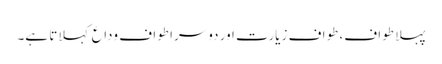
پہلا طواف، طواف زیارت اور دوسرا طواف وداع کہلاتا ہے۔